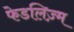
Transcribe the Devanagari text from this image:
फेडलिज़्म